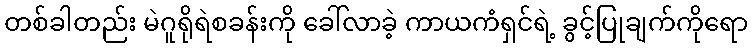
တစ်ခါတည်း မဲဂူရိုရဲစခန်းကို ခေါ်လာခဲ့ ကာယကံရှင်ရဲ့ ခွင့်ပြုချက်ကိုရော